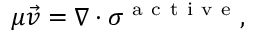
\mu \vec { v } = \nabla \cdot \sigma ^ { \mathrm { ~ a ~ c ~ t ~ i ~ v ~ e ~ } } ,